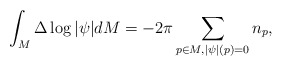
\begin{align*}\int_M\Delta\log|\psi|dM=-2\pi\sum_{p\in M,|\psi|(p)=0}n_p,\end{align*}